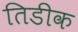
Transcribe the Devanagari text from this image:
तिडीक